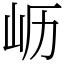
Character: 𫵷